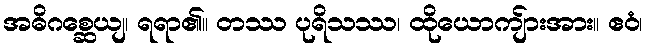
အဓိဂစ္ဆေယျ၊ ရရာ၏။ တဿ ပုရိသဿ၊ ထိုယောကျ်ားအား။ ဧဝံ၊